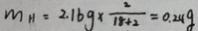
m _ { H } = 2 . 1 6 g \times \frac { 2 } { 1 8 + 2 } = 0 . 2 4 g